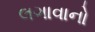
લગાવાનો